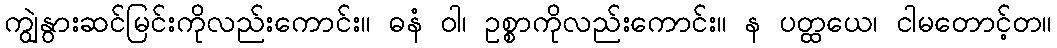
ကျွဲနွားဆင်မြင်းကိုလည်းကောင်း။ ဓနံ ဝါ၊ ဥစ္စာကိုလည်းကောင်း။ န ပတ္ထယေ၊ ငါမတောင့်တ။